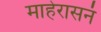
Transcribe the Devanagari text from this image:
माहेरासनं